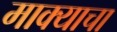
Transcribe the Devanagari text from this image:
माक्याचा